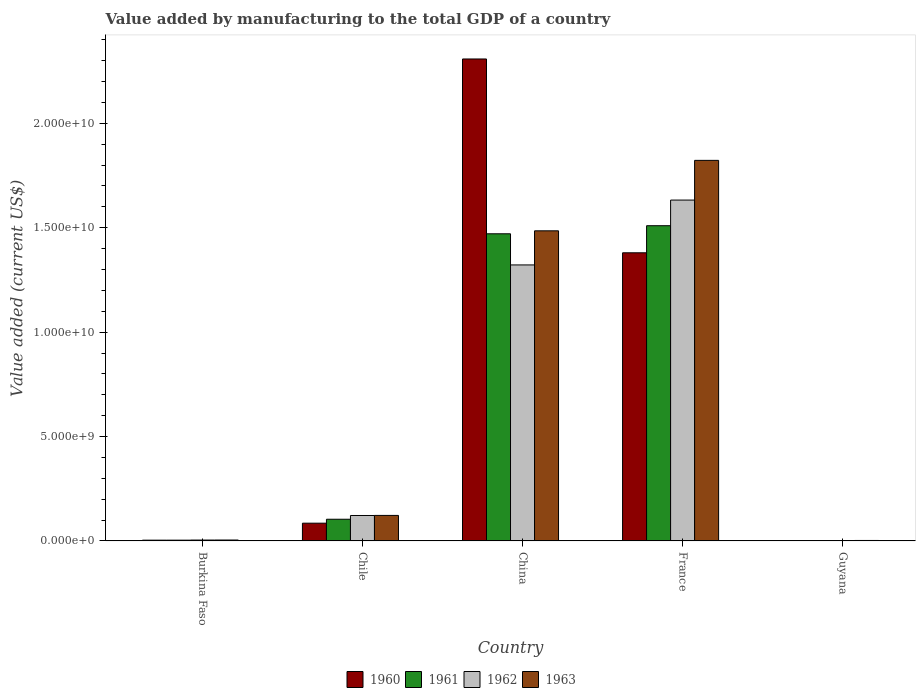
| Country | 1960 | 1961 | 1962 | 1963 |
 | --- | --- | --- | --- | --- |
 | Burkina Faso | 3.72e+07 | 3.72e+07 | 4.22e+07 | 4.39e+07 |
 | Chile | 8.51e+08 | 1.04e+09 | 1.22e+09 | 1.22e+09 |
 | China | 2.31e+10 | 1.47e+10 | 1.32e+10 | 1.49e+10 |
 | France | 1.38e+10 | 1.51e+10 | 1.63e+10 | 1.82e+10 |
 | Guyana | 1.59e+07 | 1.84e+07 | 2.08e+07 | 2.32e+07 |